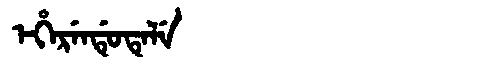
Manchu: ᡝᡥᡝᡵᡝᠨᡩᡠᡨᡝᠯᡝ
Romanization: EHERENDUTELE